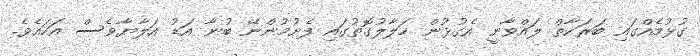
ގުޅުމެއްގައި ބަރަކާތް ލައްވާނީ އެގުޅުން ހަލާލުގޮތުގައި ފެށުމުންނޭ ބުނާ އަޑު އަލާޔާވެސް އަހައެވެ.